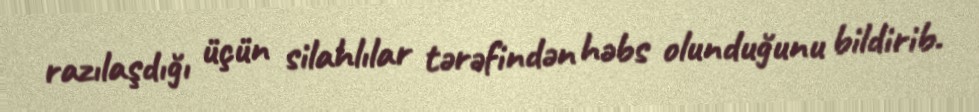
razılaşdığı üçün silahlılar tərəfindən həbs olunduğunu bildirib.